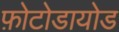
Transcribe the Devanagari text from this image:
फ़ोटोडायोड